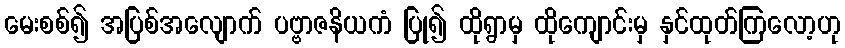
မေးစစ်၍ အပြစ်အလျောက် ပဗ္ဗာဇနိယကံ ပြု၍ ထိုရွာမှ ထိုကျောင်းမှ နှင်ထုတ်ကြလော့ဟု